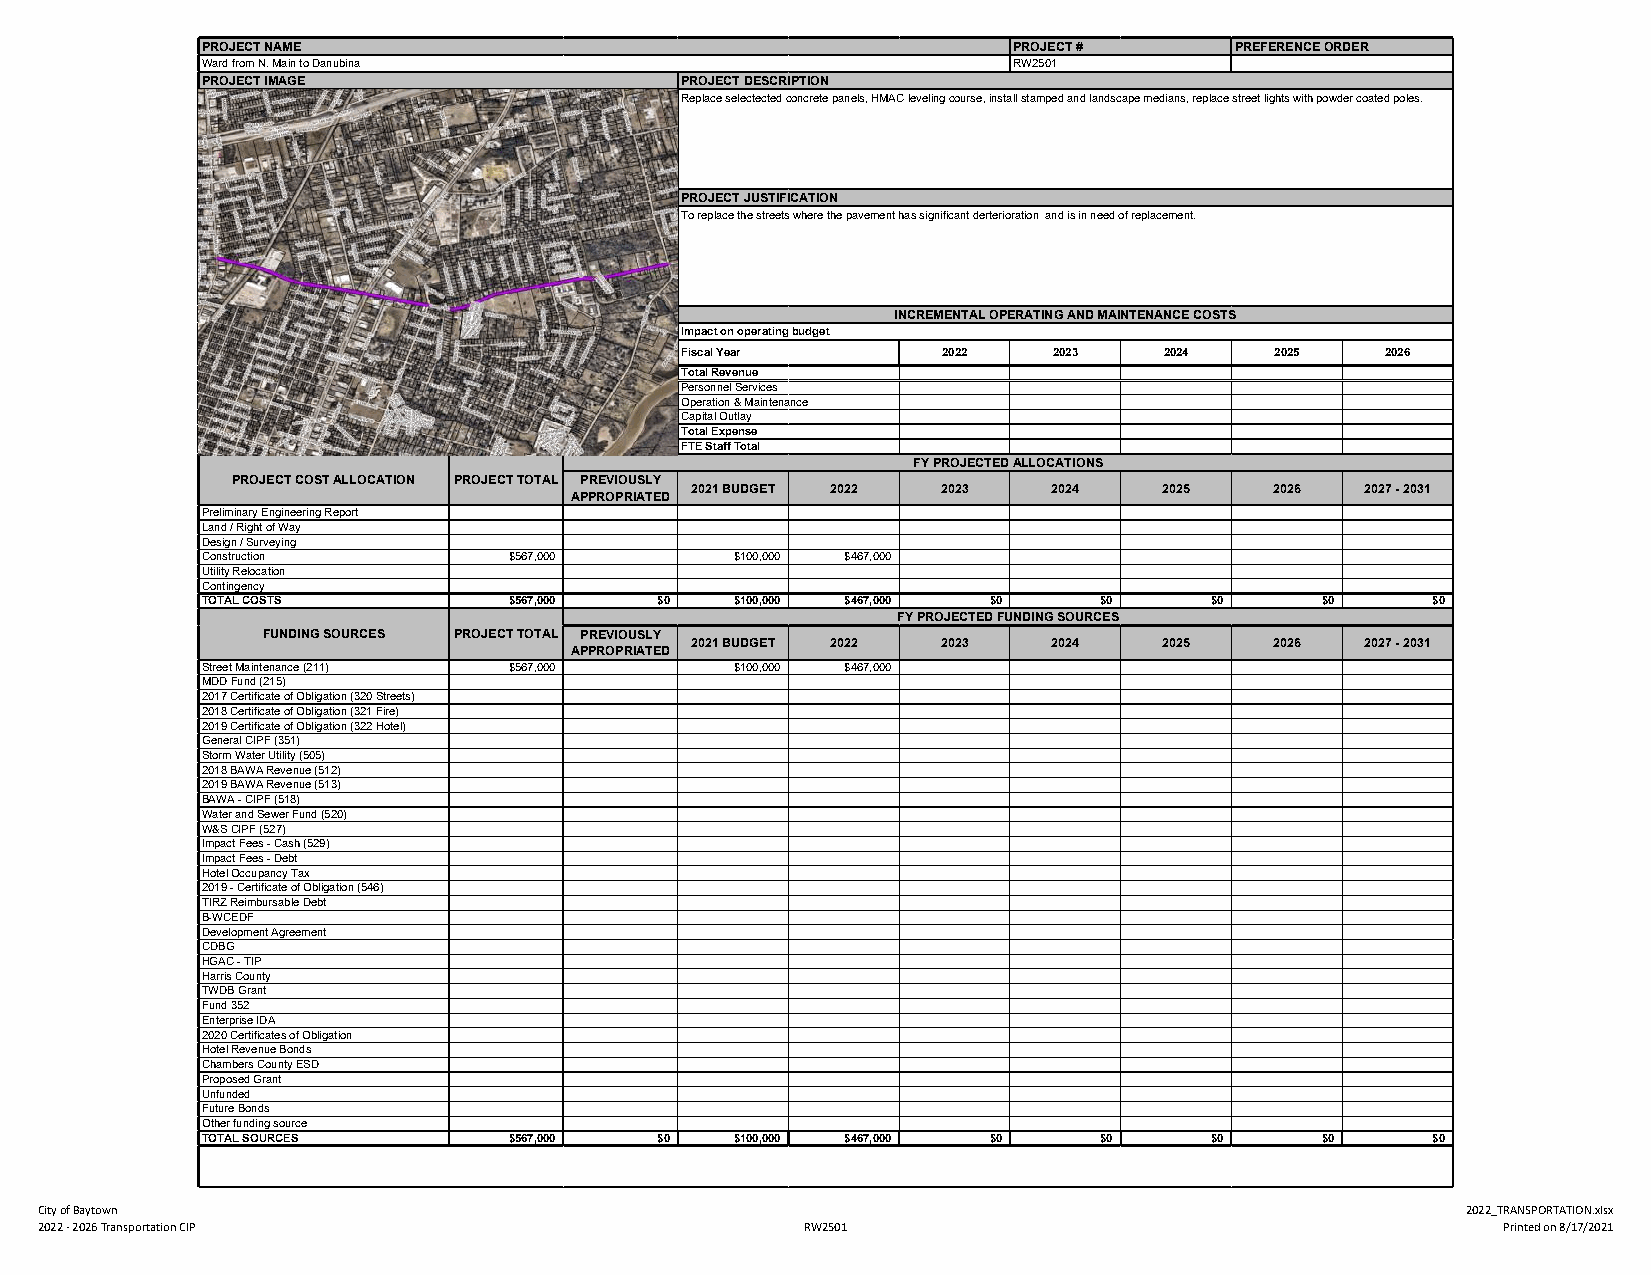
PROJECT NAME                                          PROJECT #      PREFERENCE ORDER
 Ward from N. Main to Danubina                         RW2501
 PROJECT IMAGE                   PROJECT DESCRIPTION
 Replace selectected concrete panels, HMAC leveling course, install stamped and landscape medians, replace street lights with powder coated poles.
 PROJECT JUSTIFICATION
 To replace the streets where the pavement has significant derterioration and is in need of replacement.
 INCREMENTAL OPERATING AND MAINTENANCE COSTS
 Impact on operating budget
 Fiscal Year      2022    2023   2024   2025    2026
 Total Revenue
 Personnel Services
 Operation & Maintenance
 Capital Outlay
 Total Expense
 FTE Staff Total
 FY PROJECTED ALLOCATIONS
 PROJECT COST ALLOCATION PROJECT TOTAL PREVIOUSLY
 2021 BUDGET 2022 2023   2024   2025   2026  2027 - 2031
 APPROPRIATED
 Preliminary Engineering Report
 Land / Right of Way
 Design / Surveying
 Construction         $567,000       $100,000 $467,000
 Utility Relocation
 Contingency
 TOTAL COSTS          $567,000 $0    $100,000 $467,000 $0    $0     $0     $0      $0
 FY PROJECTED FUNDING SOURCES
 FUNDING SOURCES PROJECT TOTAL PREVIOUSLY
 2021 BUDGET 2022 2023   2024   2025   2026  2027 - 2031
 APPROPRIATED
 Street Maintenance (211) $567,000   $100,000 $467,000
 MDD Fund (215)
 2017 Certificate of Obligation (320 Streets)
 2018 Certificate of Obligation (321 Fire)
 2019 Certificate of Obligation (322 Hotel)
 General CIPF (351)
 Storm Water Utility (505)
 2018 BAWA Revenue (512)
 2019 BAWA Revenue (513)
 BAWA - CIPF (518)
 Water and Sewer Fund (520)
 W&S CIPF (527)
 Impact Fees - Cash (529)
 Impact Fees - Debt
 Hotel Occupancy Tax
 2019 - Certificate of Obligation (546)
 TIRZ Reimbursable Debt
 B-WCEDF
 Development Agreement
 CDBG
 HGAC - TIP
 Harris County
 TWDB Grant
 Fund 352
 Enterprise IDA
 2020 Certificates of Obligation
 Hotel Revenue Bonds
 Chambers County ESD
 Proposed Grant
 Unfunded
 Future Bonds
 Other funding source
 TOTAL SOURCES        $567,000 $0    $100,000 $467,000 $0    $0     $0     $0      $0
 City of Baytown                                                                                2022_TRANSPORTATION.xlsx
 2022 - 2026 Transportation CIP                     RW2501                                        Printed on 8/17/2021